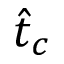
\hat { t } _ { c }